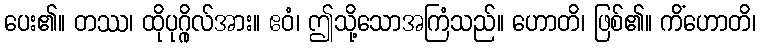
ပေး၏။ တဿ၊ ထိုပုဂ္ဂိုလ်အား။ ဧဝံ၊ ဤသို့သောအကြံသည်။ ဟောတိ၊ ဖြစ်၏။ ကိံဟောတိ၊